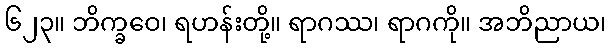
၆၂၃။ ဘိက္ခဝေ၊ ရဟန်းတို့။ ရာဂဿ၊ ရာဂကို။ အဘိညာယ၊